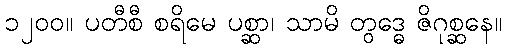
၁၂၀၀။ ပတီစီ စရိမေ ပစ္ဆာ၊ သာမိ တွဒ္ဓေ ဇိဂုစ္ဆနေ။